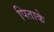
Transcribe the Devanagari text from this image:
पिताके